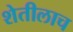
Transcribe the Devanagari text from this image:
शेतीलाच